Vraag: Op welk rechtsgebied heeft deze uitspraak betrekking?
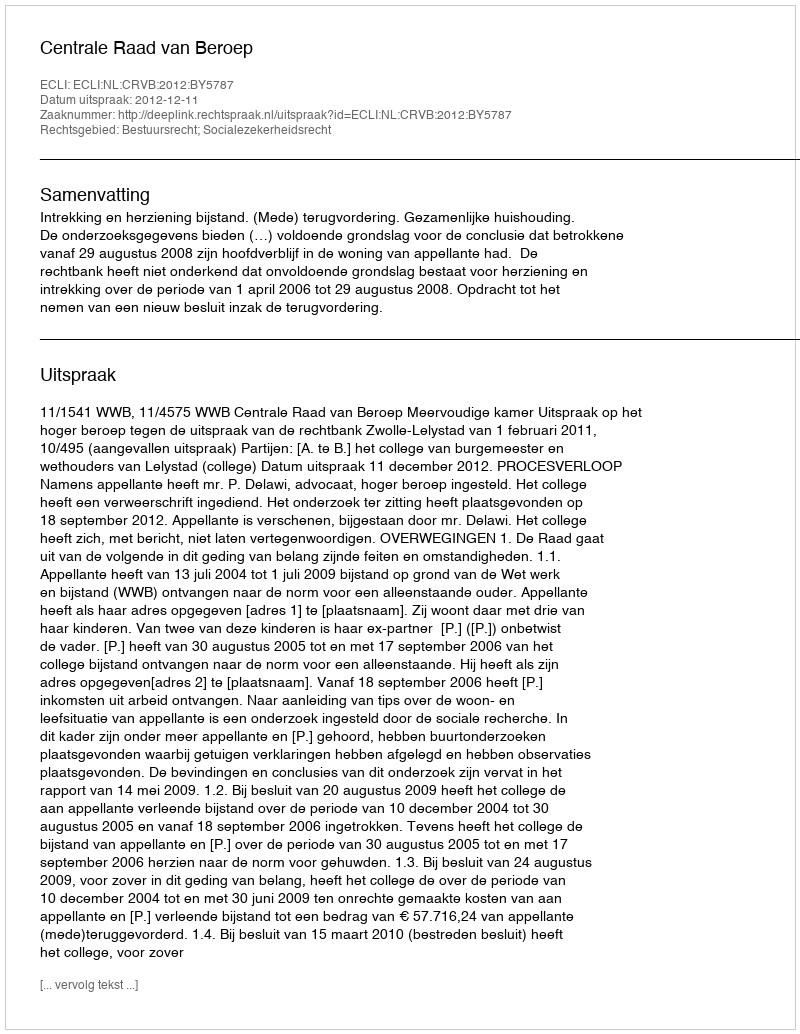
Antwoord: Bestuursrecht; Socialezekerheidsrecht